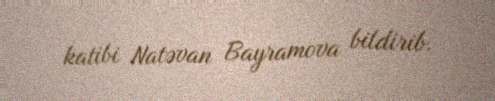
katibi Natəvan Bayramova bildirib.